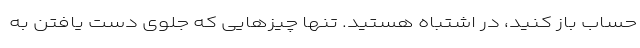
حساب باز کنید، در اشتباه هستید. تنها چیزهایی که جلوی دست یافتن به